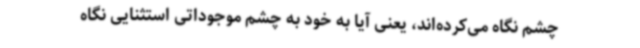
چشم نگاه می‌کرده‌اند، یعنی آیا به خود به چشم موجوداتی استثنایی نگاه